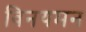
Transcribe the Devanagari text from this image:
विनयमन